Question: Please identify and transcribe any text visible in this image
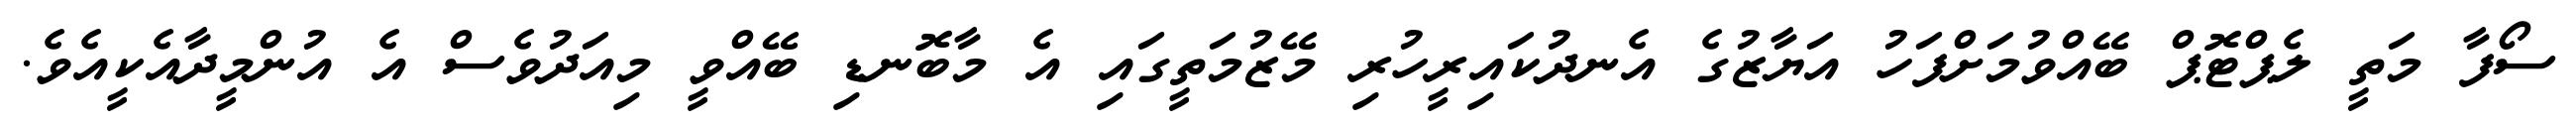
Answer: ސޯފާ މަތީ ލެޕްޓޮޕް ބޭއްވުމަށްފަހު އަޔާޒުގެ އެނދުކައިރީހުރި މޭޒުމަތީގައި އެ މާބޮނޑި ބޭއްވީ މިއަދުވެސް އެ އުންމީދާއެކީއެވެ.